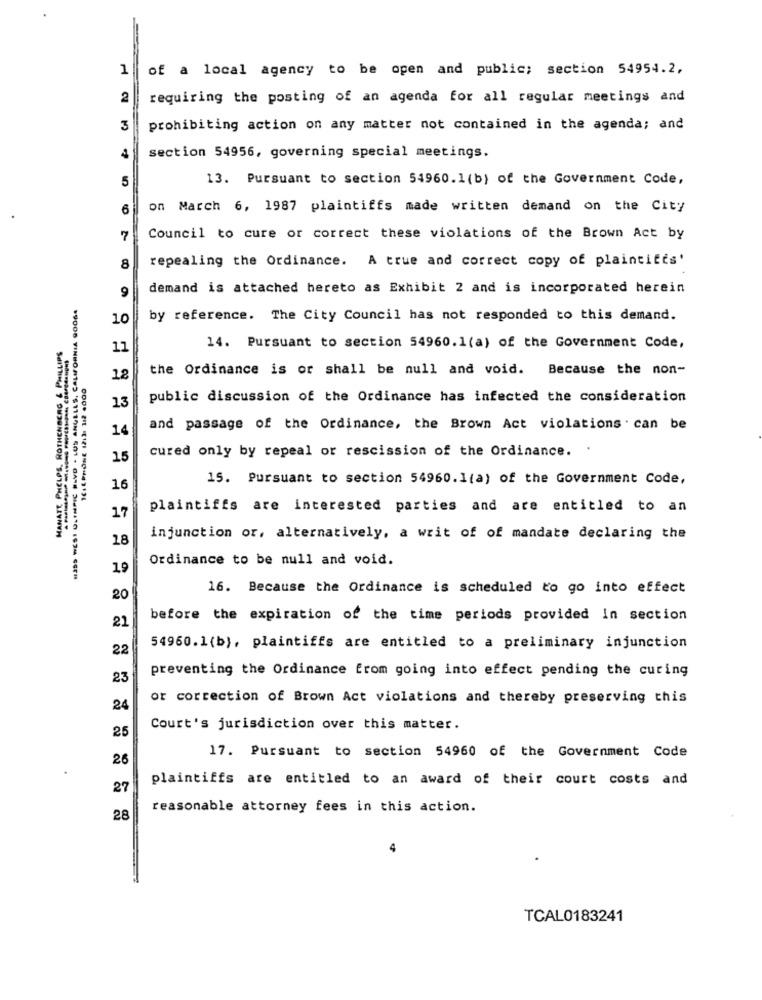
1
of a local agency to be open and public; section 54954.2.
2
requiring the posting of an agenda for all regular meetings and
3
prohibiting action on any matter not contained in the agenda; and
4
section 54956, governing special meetings.
5
13. Pursuant to section 54960.1(b) of the Government Code,
6
on March 6, 1987 plaintiffs made written demand on the City
7
Council to cure or correct these violations of the Brown Act by
repealing the Ordinance. A true and correct copy of plaintites'
8
9
demand is attached hereto as Exhibit 2 and is incorporated herein
10
by reference. The City Council has not responded to this demand.
AI PHELPS. ROTHENBERG & PHILLIPS
11
14. Pursuant to section 54960.1(a) of the Government Code,
the Ordinance is or shall be null and void. Because the non-
12
13
public discussion of the Ordinance has infected the consideration
14
and passage of the Ordinance, the Brown Act violations . can be
cured only by repeal or rescission of the Ordinance. .
15
15. Pursuant to section 54960.1(a) of the Government Code,
16
plaintiffs are interested parties and are entitled to an
17
18
injunction or, alternatively, a writ of of mandate declaring the
Ordinance to be null and void.
19
16. Because the Ordinance is scheduled to go into effect
20
21
before the expiration of the time periods provided In section
22
54960.1(b), plaintiffs are entitled to a preliminary injunction
preventing the Ordinance from going into effect pending the curing
23
or correction of Brown Act violations and thereby preserving this
24
25
Court's jurisdiction over this matter.
17. Pursuant to section 54960 of the Government Code
26
plaintiffs are entitled to an award of their court costs and
27
reasonable attorney fees in this action.
28
TCAL0183241